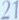
21